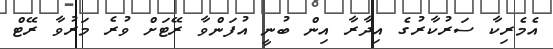
އެމެރިކާ ސަރުކާރުގެ އިދާރާ އިން ބުނީ އުފަންވާ ރޭޓަށް ވުރެ މަރުވާ ރޭޓް